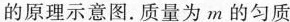
的原理示意图.质量为m的匀质